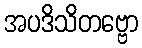
အပဒိသိတဗ္ဗော